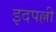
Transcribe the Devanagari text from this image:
इदपल्ली